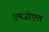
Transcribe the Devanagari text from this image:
एमजीएल